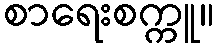
စာရေးစက္ကူ။